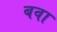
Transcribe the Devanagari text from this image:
बवा